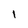
Character: I